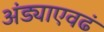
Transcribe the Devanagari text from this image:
अंड्याएवढं